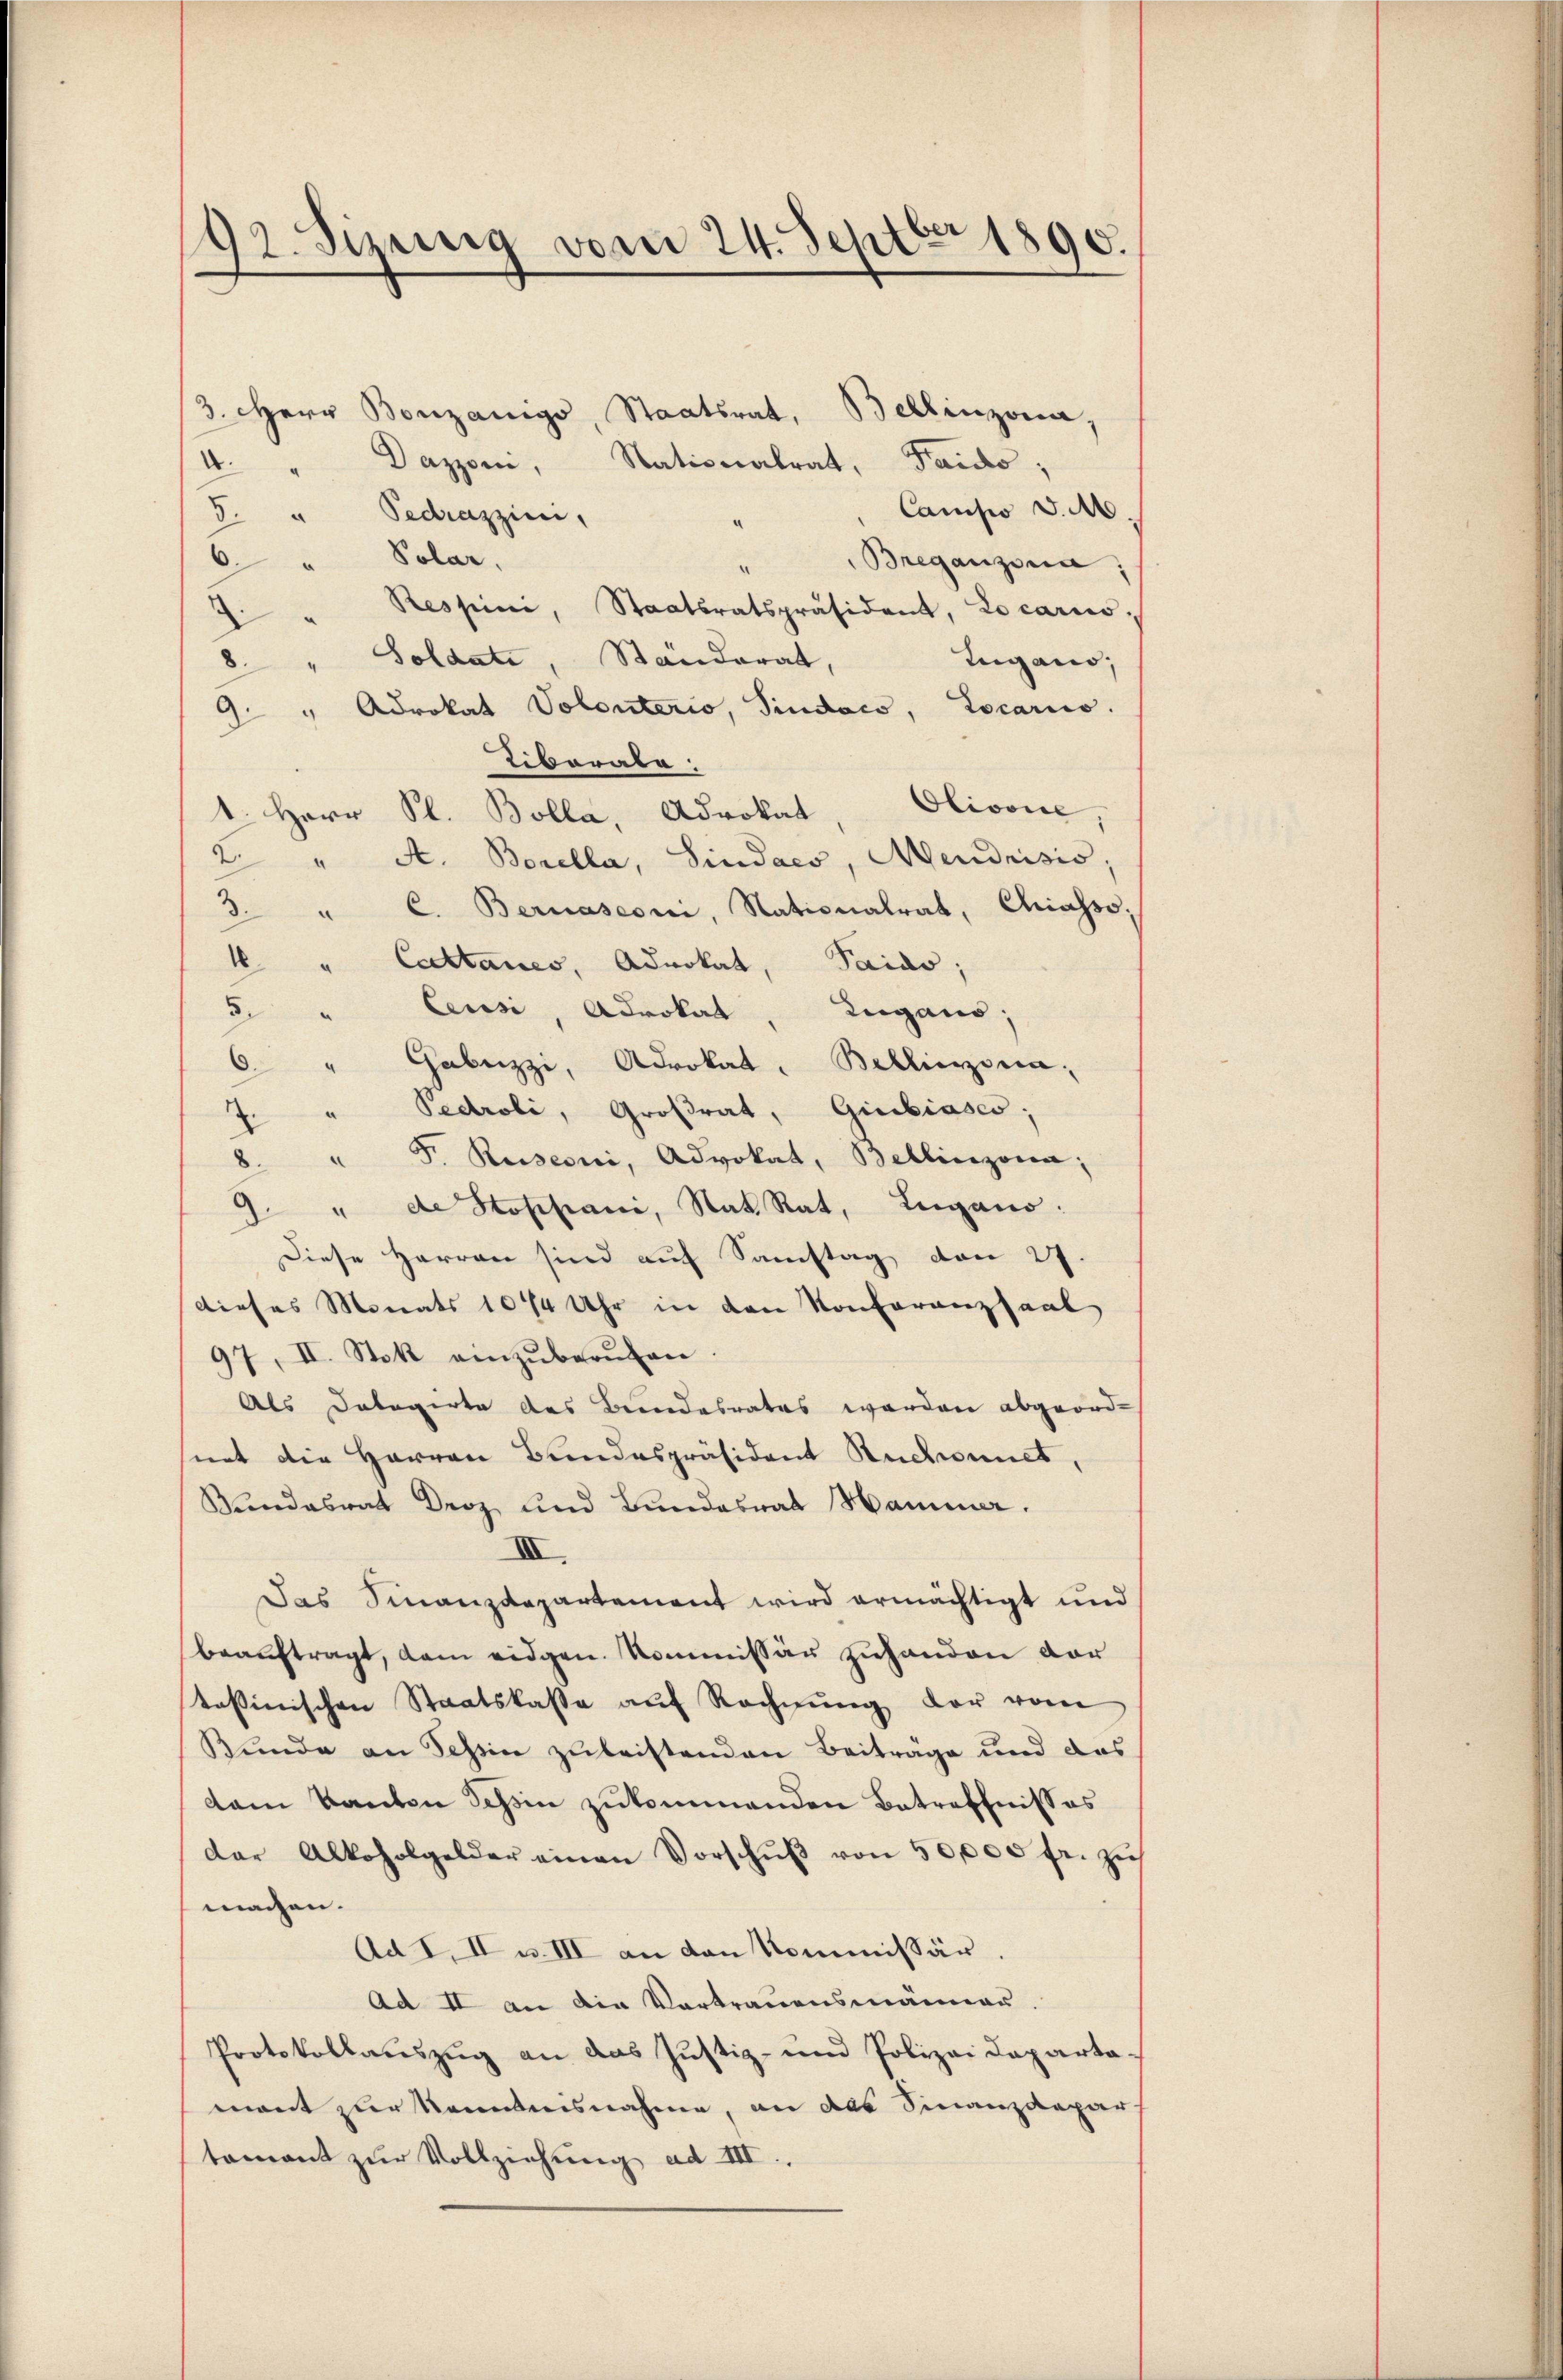
92. Sizung vom 24. Septbr 1890.

3. Herr Bonzanigs, Staatsrat, Bellinzona,
Dazzoni, Nationalrat, Faido;
d
Campo v. M.
5. " Pedrazzini,
Polar,
6.
Breganzona;
Ressini, Staatsratspräsident, Locarnod
Soldate, Ständerat,
Lugano,
9. " Advokat Volontario, Sindoco, Locariis.
Tiborate
1. Herr Sl. Bolla, Advokat, Olivone,
2. " A. Borella, Sindacs, Mendrisis;
3
" C. Bernasconi, Nationalrat, Chiasso,
4 " Cattanes, Advokat, Paido;
 " Censi, Advokat, Zugano,
6 " Gabuzzi, Advokat. Bellinzona,
" Pedroli, Großrat, Giubiases;
¬
F. Rusconi, Advokat, Bellinzona;
8.
" de Stoppani, Stat. Rat, Lugano.
Diese Herren sind auf Samstag den 27.
dieses Monats 1074 Uhr in den Konferanzsaal
97, II. Stok einzŭberŭfen.
Als Delegirte des Bundesrates werden abgeordnet die Herren Bundespräsident Ruchonnet,
Bundesrat Droz und Bundesrat Hammer.
XII.
Das Finanzdepartement wird ermächtigt und
beauftragt, dem eidgen. Kommissär zuhanden vor
stossinischen Staatskasse aŭf Rechnŭng der vom
Bunde an Tessin zuleistenden Beiträge und das
dam kanton Tessin zukommenden Betreffnisses
dar Alkoholgelder einen Vorschŭβ von 50,000 fr. zŭ
machen.
Ad I. II u. III an den Kommissär
Ad II an die Vortrauensmänner.
Protokollauszug an das Justiz- und Polizei Departa-
mant zur Kenntnisnahme, an das Finanzdepar-
tament zur Vollziehung ad III.